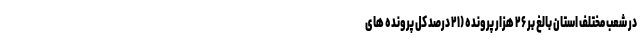
در شعب مختلف استان بالغ بر ۲۶ هزار پرونده (۲۱ درصد کل پرونده های